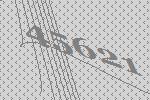
45621